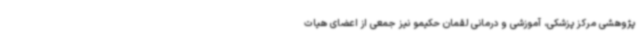
پژوهشی مرکز پزشکی، آموزشی و درمانی لقمان حکیمو نیز جمعی از اعضای هیات